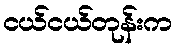
ငယ်ငယ်တုန်းက